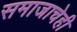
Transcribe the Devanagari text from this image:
समाजाचेही